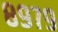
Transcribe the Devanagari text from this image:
८९७९